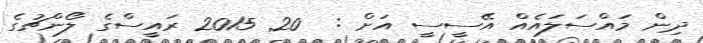
ދިން މައްސަލައެއް އޭސީސީ އަށް :  20